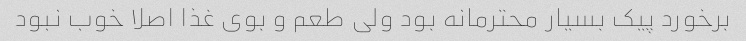
برخورد پیک بسیار محترمانه بود ولی طعم و بوی غذا اصلا خوب نبود